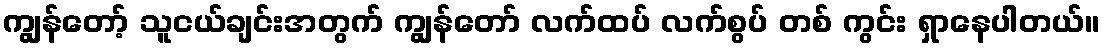
ကျွန်တော့် သူငယ်ချင်းအတွက် ကျွန်တော် လက်ထပ် လက်စွပ် တစ် ကွင်း ရှာနေပါတယ်။